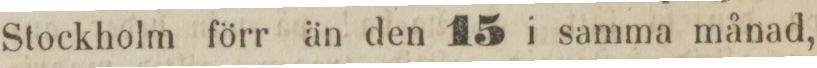
Stockholm förr än den 15 i samma månad,